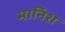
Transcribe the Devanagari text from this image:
मानिश